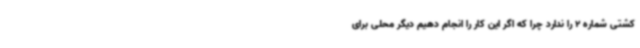
کشتی شماره 2 را ندارد چرا که اگر این کار را انجام دهیم دیگر محلی برای